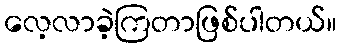
လေ့လာခဲ့ကြတာဖြစ်ပါတယ်။